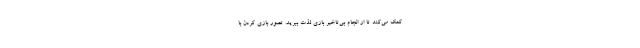
کمک می‌کند تا از انجام بی‌تاخیر بازی لذت ببرید. تصور بازی کردن با